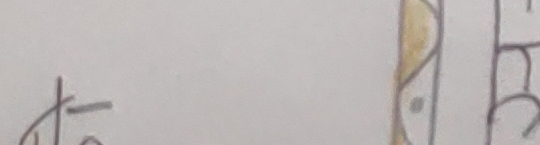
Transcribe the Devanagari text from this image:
के